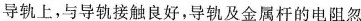
导轨上，与导轨接触良好，导轨及金属杆的电阻忽